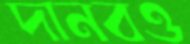
দানবও